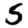
Digit: 5